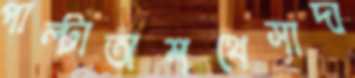
পাল্টাঅশথেসাদা